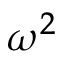
\omega ^ { 2 }